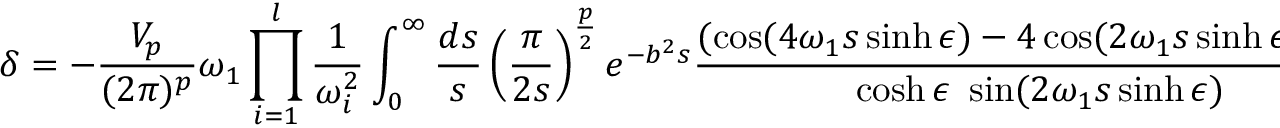
\delta = - \frac { V _ { p } } { ( 2 \pi ) ^ { p } } \omega _ { 1 } \prod _ { i = 1 } ^ { l } \frac { 1 } { \omega _ { i } ^ { 2 } } \int _ { 0 } ^ { \infty } \frac { d s } { s } \left( \frac { \pi } { 2 s } \right) ^ { \frac { p } { 2 } } e ^ { - b ^ { 2 } s } \frac { ( \cos ( 4 \omega _ { 1 } s \sinh \epsilon ) - 4 \cos ( 2 \omega _ { 1 } s \sinh \epsilon ) + 3 ) } { \cosh \epsilon ~ \sin ( 2 \omega _ { 1 } s \sinh \epsilon ) }